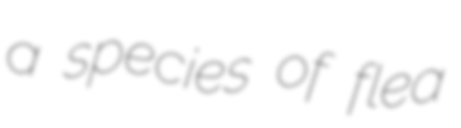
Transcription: a species of flea